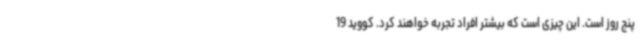
پنج روز است. این چیزی است که بیشتر افراد تجربه خواهند کرد. کووید 19